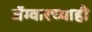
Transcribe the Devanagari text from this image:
जॅग्वारच्याही